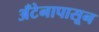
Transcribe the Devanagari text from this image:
अँटेनापासून